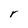
Character: r